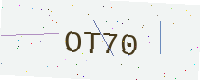
Text: OT70